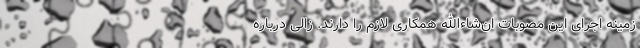
زمینه اجرای این مصوبات ان‌شاءالله همکاری لازم را دارند. زالی درباره